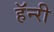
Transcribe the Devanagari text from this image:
हॅन्‍री